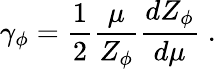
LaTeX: \gamma_{\phi}=\frac{1}{2}\frac{\mu}{Z_{\phi}}\frac{dZ_{\phi}}{d\mu}\; .